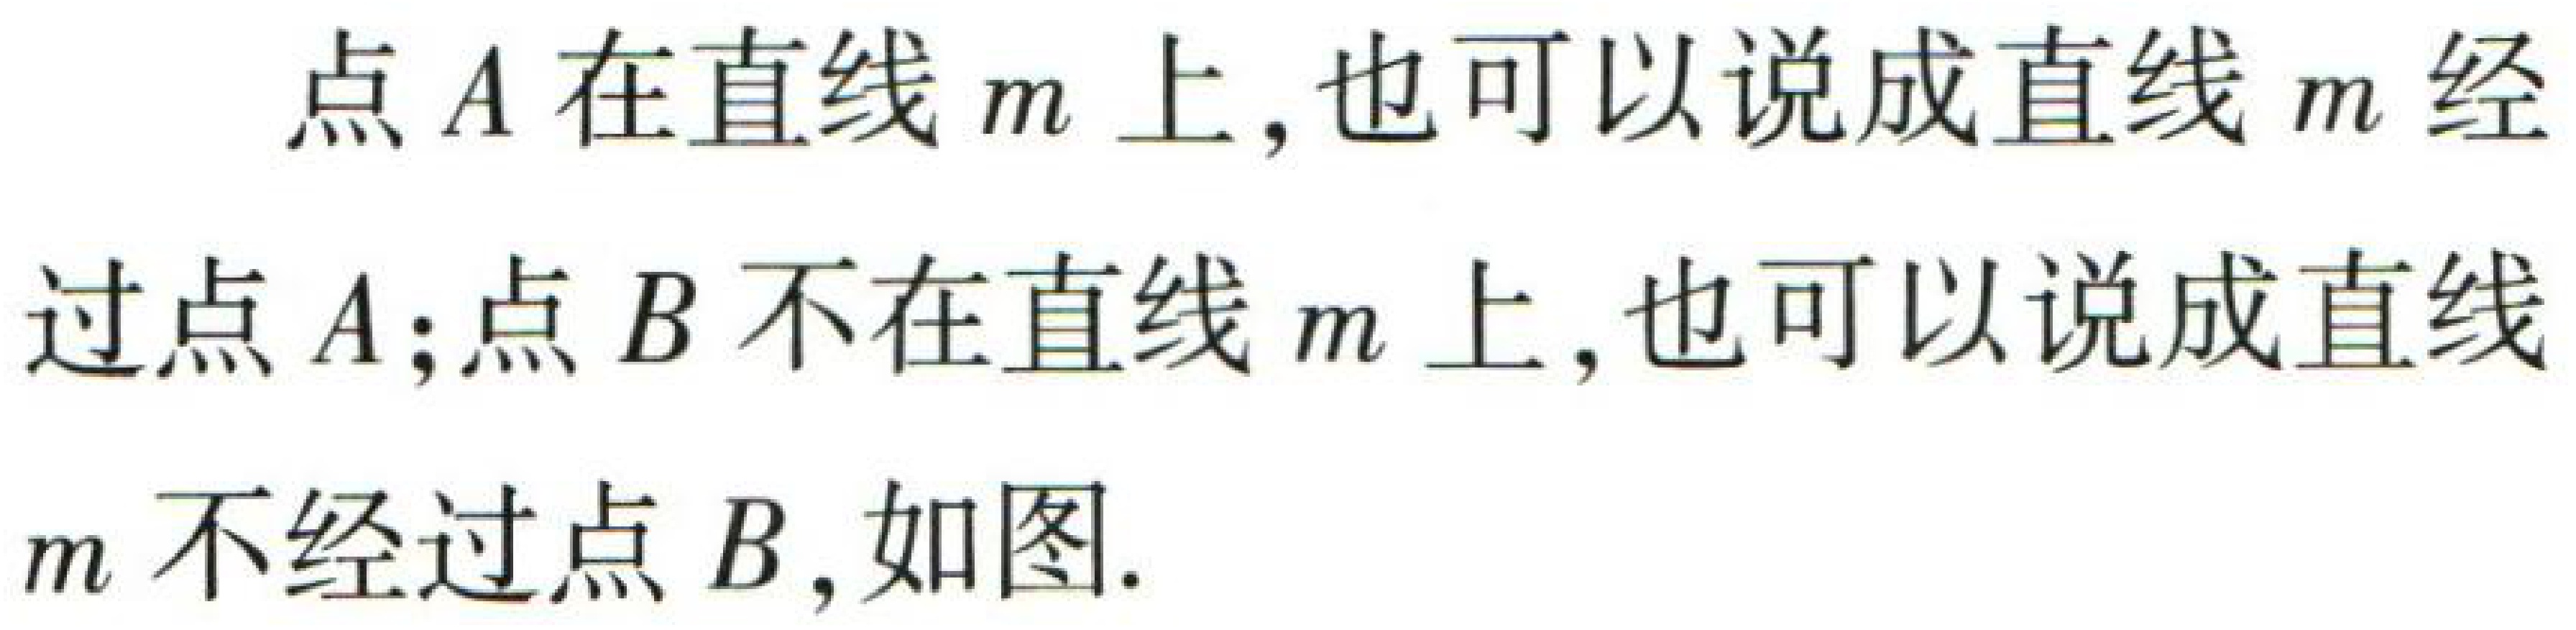
点\(A\)在直线\(m\)上,也可以说成直线\(m\)经过点\(A\);点\(B\)不在直线\(m\)上,也可以说成直线\(m\)不经过点\(B\),如图.